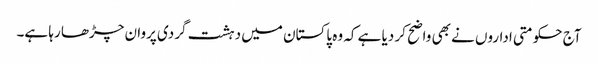
آج حکومتی اداروں نے بھی واضح کر دیا ہے کہ وہ پاکستان میں دہشت گردی پروان چڑھا رہا ہے۔